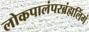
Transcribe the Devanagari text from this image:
लोकपालंपरब्रंह्मलिंगं